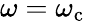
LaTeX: \omega=\omega_{\mathrm{c}}